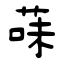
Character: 菋